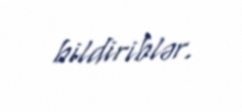
bildiriblər.